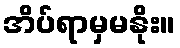
အိပ်ရာမှမနိုး။